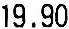
19.90